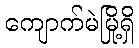
ကျောက်မဲမြို့ရှိ